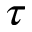
\tau